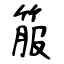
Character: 箙